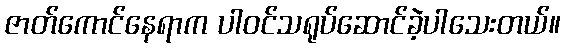
ဇာတ်ကောင်နေရာက ပါဝင်သရုပ်ဆောင်ခဲ့ပါသေးတယ်။